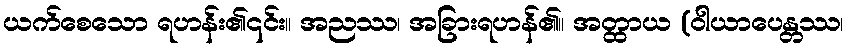
ယက်စေသော ရဟန်း၏၎င်း။ အညဿ၊ အခြားရဟန်၏။ အတ္ထာယ (ဝါယာပေန္တဿ၊